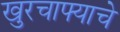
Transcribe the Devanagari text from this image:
खुरचाफ्याचे